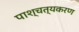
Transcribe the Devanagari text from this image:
पाश्चत्यकरण